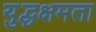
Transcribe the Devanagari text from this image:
युद्धक्षमता